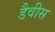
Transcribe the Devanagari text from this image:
डैवीस